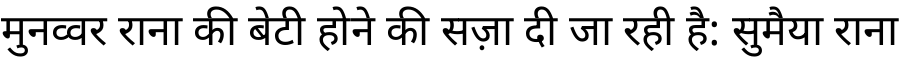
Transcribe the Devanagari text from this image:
मुनव्वर राना की बेटी होने की सज़ा दी जा रही है: सुमैया राना